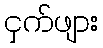
ငှက်ဖျား